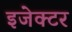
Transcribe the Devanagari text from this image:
इजेक्टर